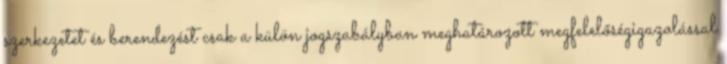
szerkezetet és berendezést csak a külön jogszabályban meghatározott megfelelőségigazolással